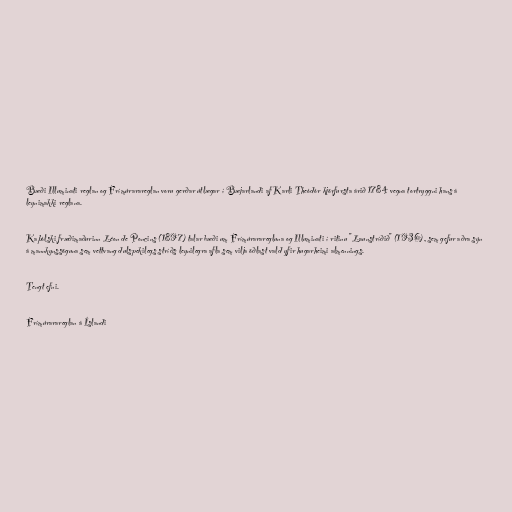
Bæði Illuminati reglan og Frímúrarareglan voru gerðar útlægar í Bæjarlandi af Karli Theódór kjörfursta árið 1784 vegna tortryggni hans á
leynimakki reglana.

Kaþólski fræðimaðurinn Léon de Poncins (1897) talar bæði um Frímúrararegluna og Illuminati í ritinu "Launstríðið" (1936), sem gefur aðra sýn
á mannkynssöguna sem vettvang dulspekilegs stríðs leynilegra afla sem vilja öðlast vald yfir hugarheimi almennings.

Tengt efni.

Frímúrarareglan á Íslandi